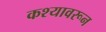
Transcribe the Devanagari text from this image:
कश्यावरून